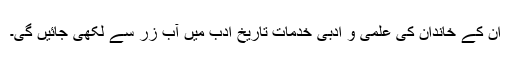
ان کے خاندان کی علمی و ادبی خدمات تاریخ ادب میں آب زر سے لکھی جائیں گی۔